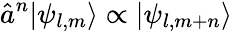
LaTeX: \hat{a}^{n}|\psi_{l,m}\rangle\propto|\psi_{l,m+n}\rangle